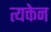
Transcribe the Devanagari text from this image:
त्यक्तेन